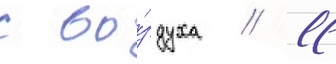
с во́здуха // 11